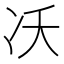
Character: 㓇